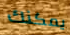
يمكنك